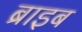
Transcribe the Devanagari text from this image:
ब्राइब